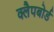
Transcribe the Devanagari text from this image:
क्लैपबोर्ड